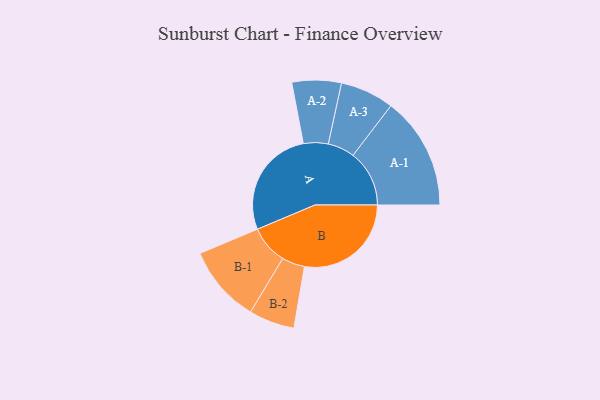
{"axis": {"x": "Segment", "y": "Value"}, "legend": ["", "A", "B"], "data": [{"x": "A", "y": 483, "type": ""}, {"x": "B", "y": 472, "type": ""}, {"x": "A-1", "y": 249, "type": "A"}, {"x": "A-2", "y": 109, "type": "A"}, {"x": "A-3", "y": 119, "type": "A"}, {"x": "B-1", "y": 171, "type": "B"}, {"x": "B-2", "y": 101, "type": "B"}]}